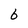
Character: 6